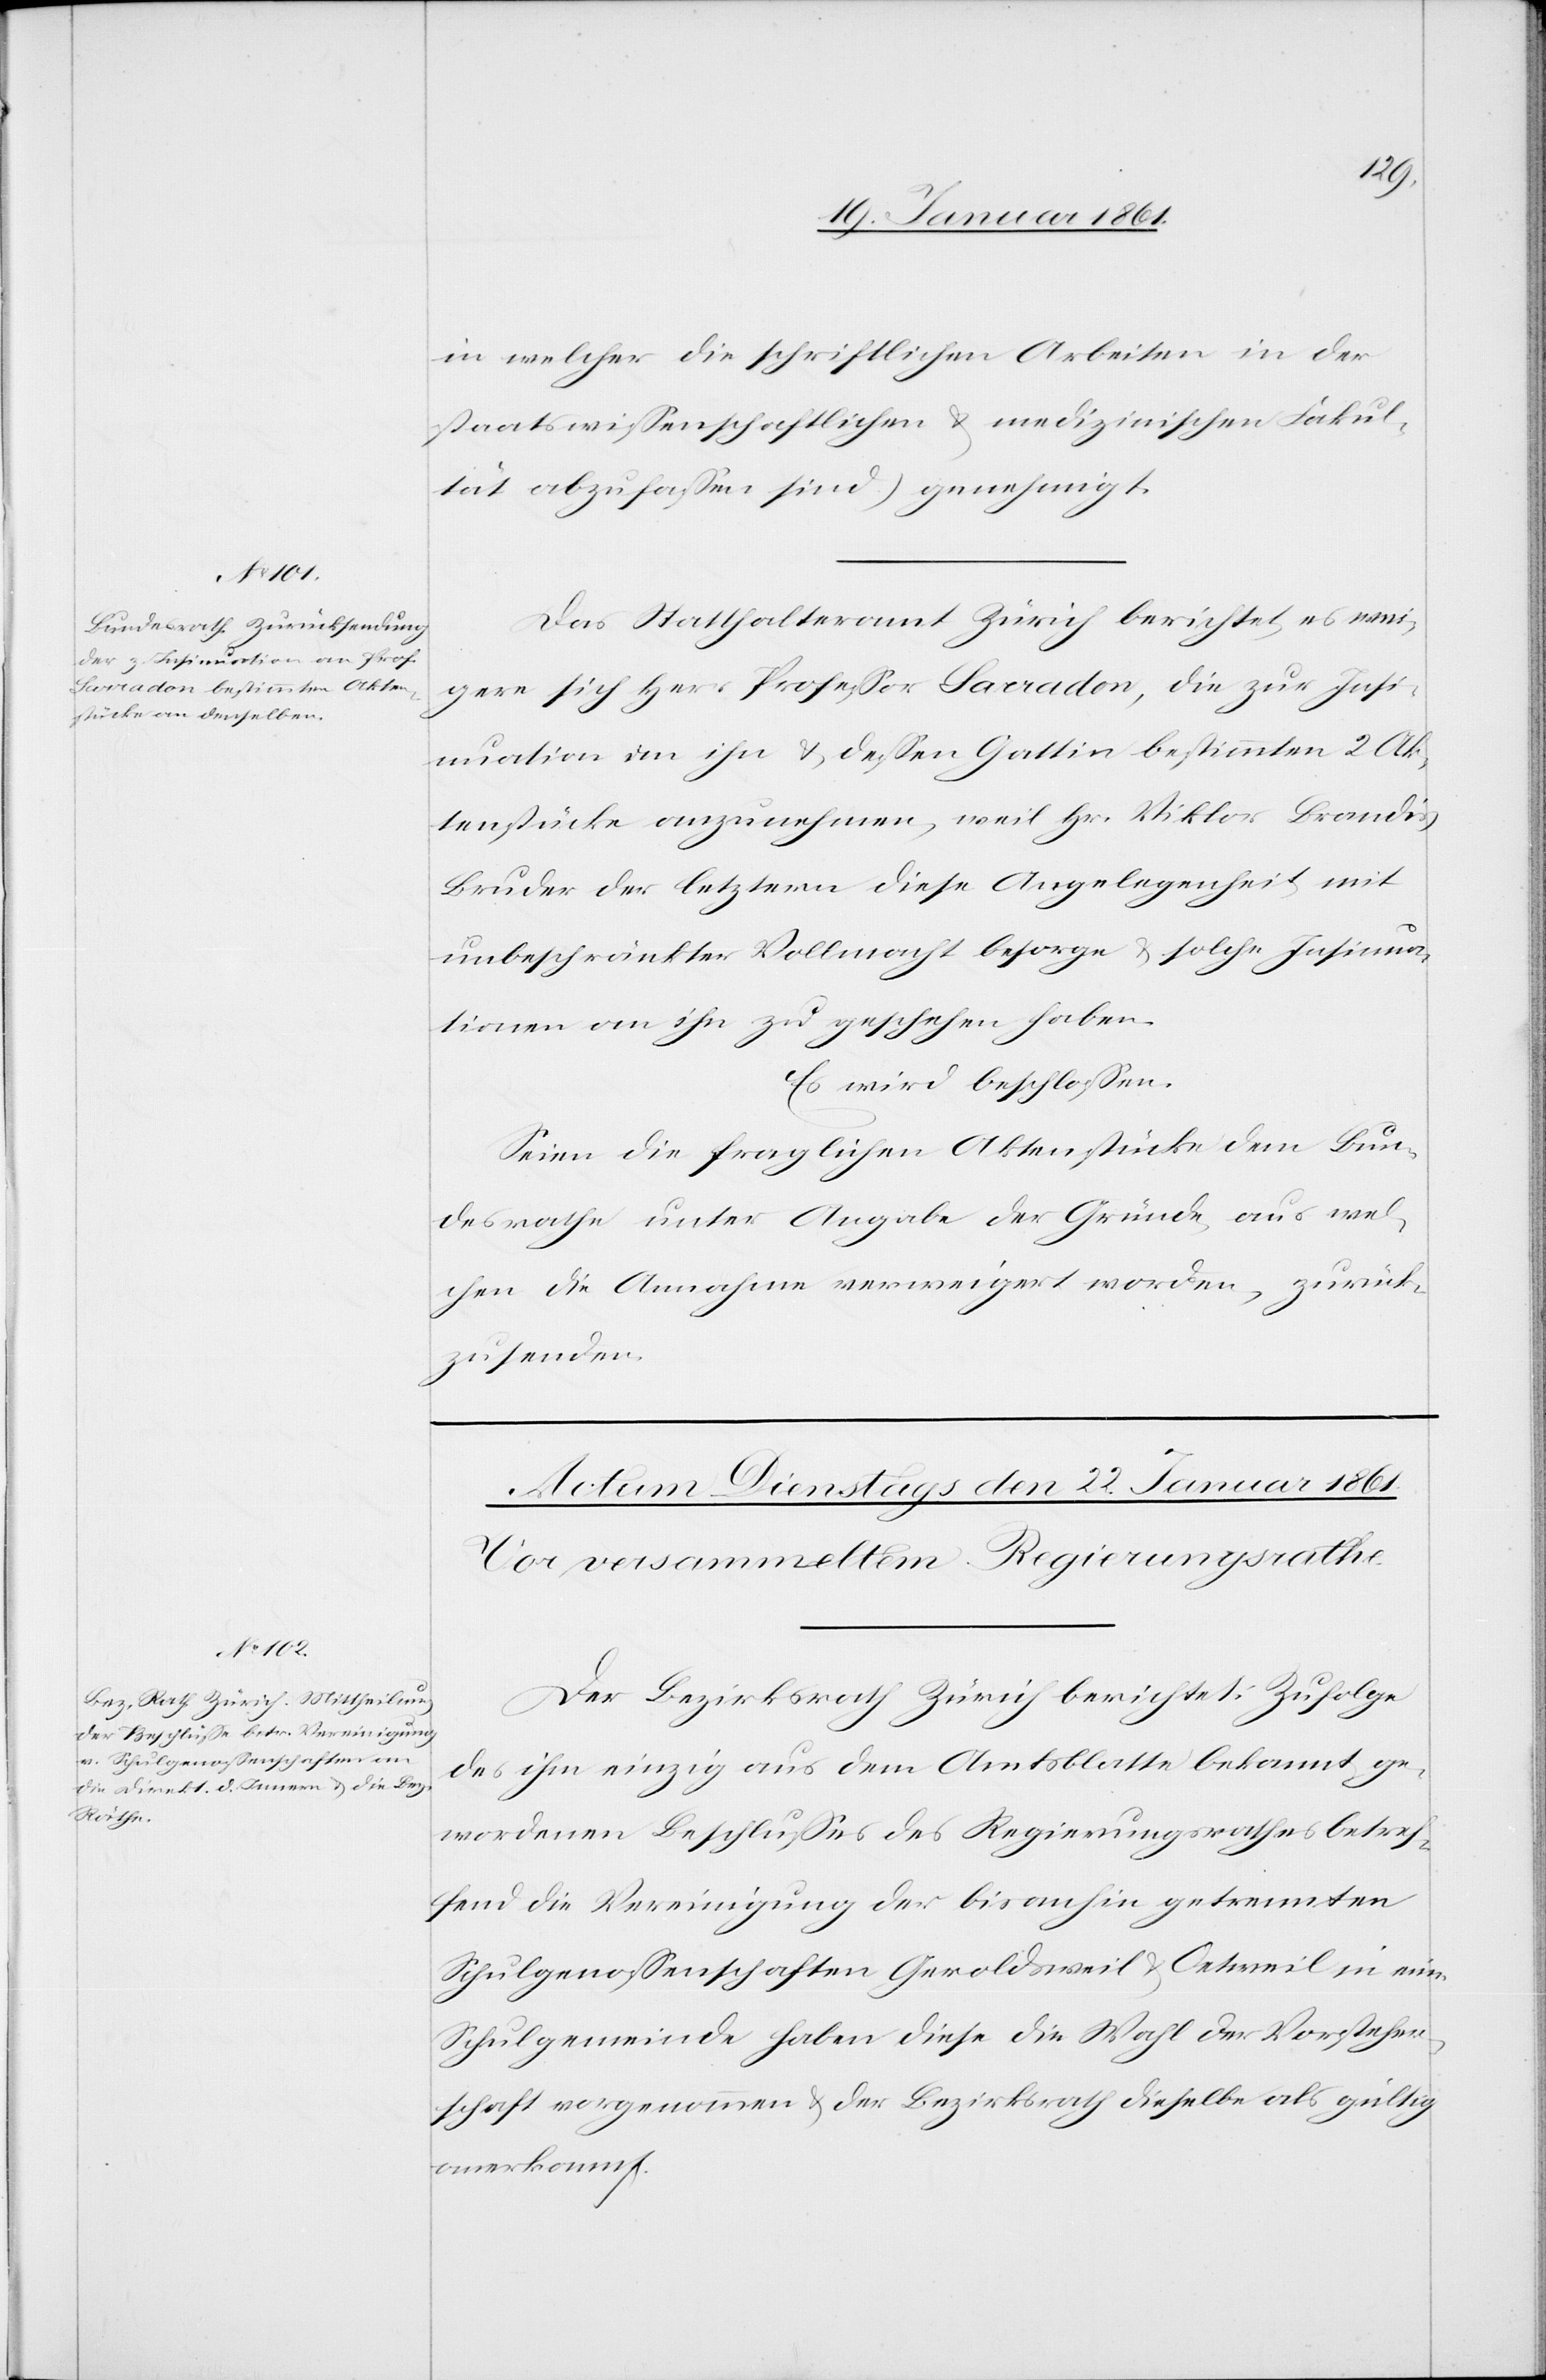
in welcher die schriftlichen Arbeiten in der
staatswissenschaftlichen u. medizinischen Fakul¬
tät abzufassen sind) genehmigt.
Das Statthalteramt Zürich berichtet, es wei¬
gere sich Herr Professor Sacradon, die zur Insi¬
nuation an ihn u. dessen Gattin bestimmten 2 Ak¬
tenstücke anzunehmen, weil Hr. Viktor Brandis,
Bruder des letztern diese Angelegenheit mit
unbeschränkter Vollmacht besorge u. solche Insinua¬
tionen an ihn zu geschehen haben.
Es wird beschlossen:
Seien die fraglichen Aktenstücke dem Bun¬
desrathe unter Angabe der Gründe aus wel¬
chen die Annahme verweigert worden, zurück¬
zusenden.
Der Bezirksrath Zürich berichtet: Zufolge
des ihm einzig aus dem Amtsblatte bekannt ge¬
wordenen Beschlusses des Regierungsrathes betref¬
fend die Vereinigung der bis anhin getrennten
Schulgenossenschaften Geroldsweil u. Oetweil in eine
Schulgemeinde haben diese die Wahl der Vorsteher¬
schaft vorgenommen u. der Bezirksrath dieselbe als gültig
anerkannt.